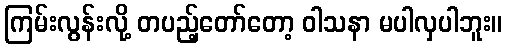
ကြမ်းလွန်းလို့ တပည့်တော်တော့ ဝါသနာ မပါလှပါဘူး။